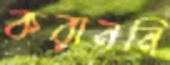
করাননি